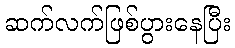
ဆက်လက်ဖြစ်ပွားနေပြီး